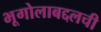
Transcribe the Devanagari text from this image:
भूगोलाबद्दलची